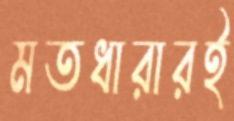
মতধারারই